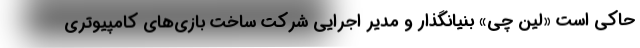
حاکی است «لین چی» بنیانگذار و مدیر اجرایی شرکت ساخت بازی‌های کامپیوتری